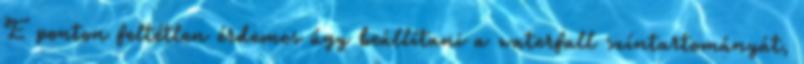
E ponton feltétlen érdemes úgy beállítani a waterfall színtartományát,